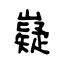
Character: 嶷